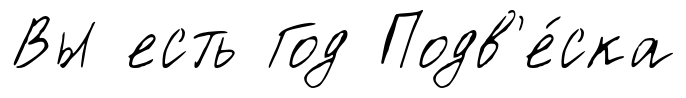
Вы есть Год Подв'е́ска